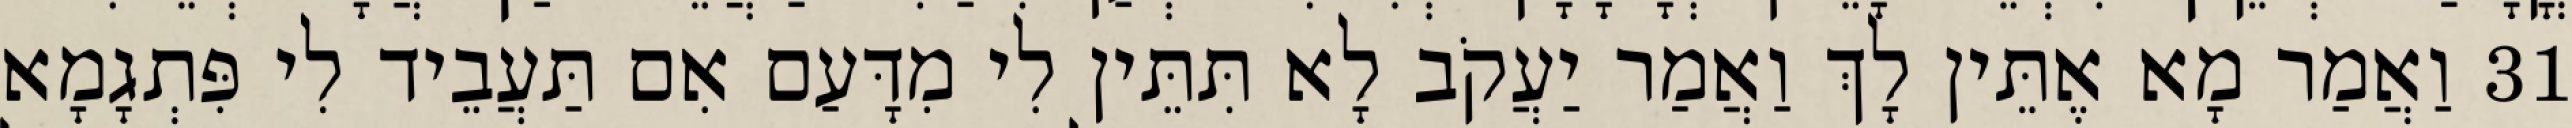
31 וַאֲמַר מָא אֶתֵּין לָךְ וַאֲמַר יַעֲקֹב לָא תִּתֵּין לִי מִדָּעַם אִם תַּעֲבֵיד לִי פִּתְגָמָא